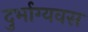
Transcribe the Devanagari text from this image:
दुर्भाग्यवस